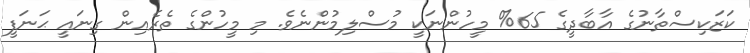
ކަޒަކިސްތާނުގެ އާބާދީގެ 65% މީހުންނަކީ މުސްލިމުންނެވެ. މި މީހުންގެ ތެރެއިން ގިނައީ ޙަނަފީ